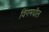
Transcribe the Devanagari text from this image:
विंगमधील